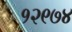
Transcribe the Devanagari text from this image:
१२९७४